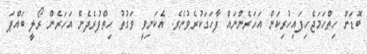
ބޮޑަށް ހިތްހަމަޖެހިފައިހުރިކަން އަހަރެންނައް ފާހަގަކުރެވުނެވެ. އެކަނިވީ ވަގުތު ހިތްފުރެދެން އަހަރެން ރޯލީ ބައްޕަ